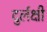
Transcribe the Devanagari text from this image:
दुर्लक्षी